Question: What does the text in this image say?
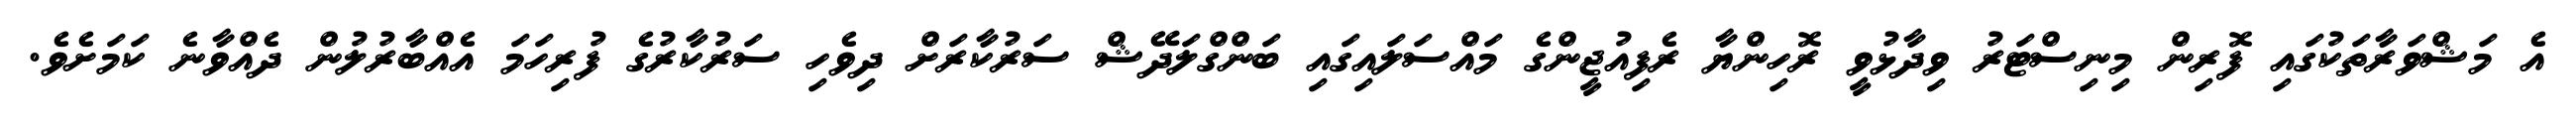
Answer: އެ މަޝްވަރާތަކުގައި ފޮރިން މިނިސްޓަރު ވިދާޅުވީ ރޮހިންޔާ ރެފިއުޖީންގެ މައްސަލައިގައި ބަންގްލަދޭޝް ސަރުކާރަށް ދިވެހި ސަރުކާރުގެ ފުރިހަމަ އެއްބާރުލުން ދެއްވާނެ ކަމަށެވެ.